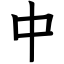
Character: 中